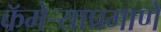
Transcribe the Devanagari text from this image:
कॅमेऱ्याप्रमाणे